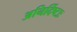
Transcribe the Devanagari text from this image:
अनिर्दिष्टाः